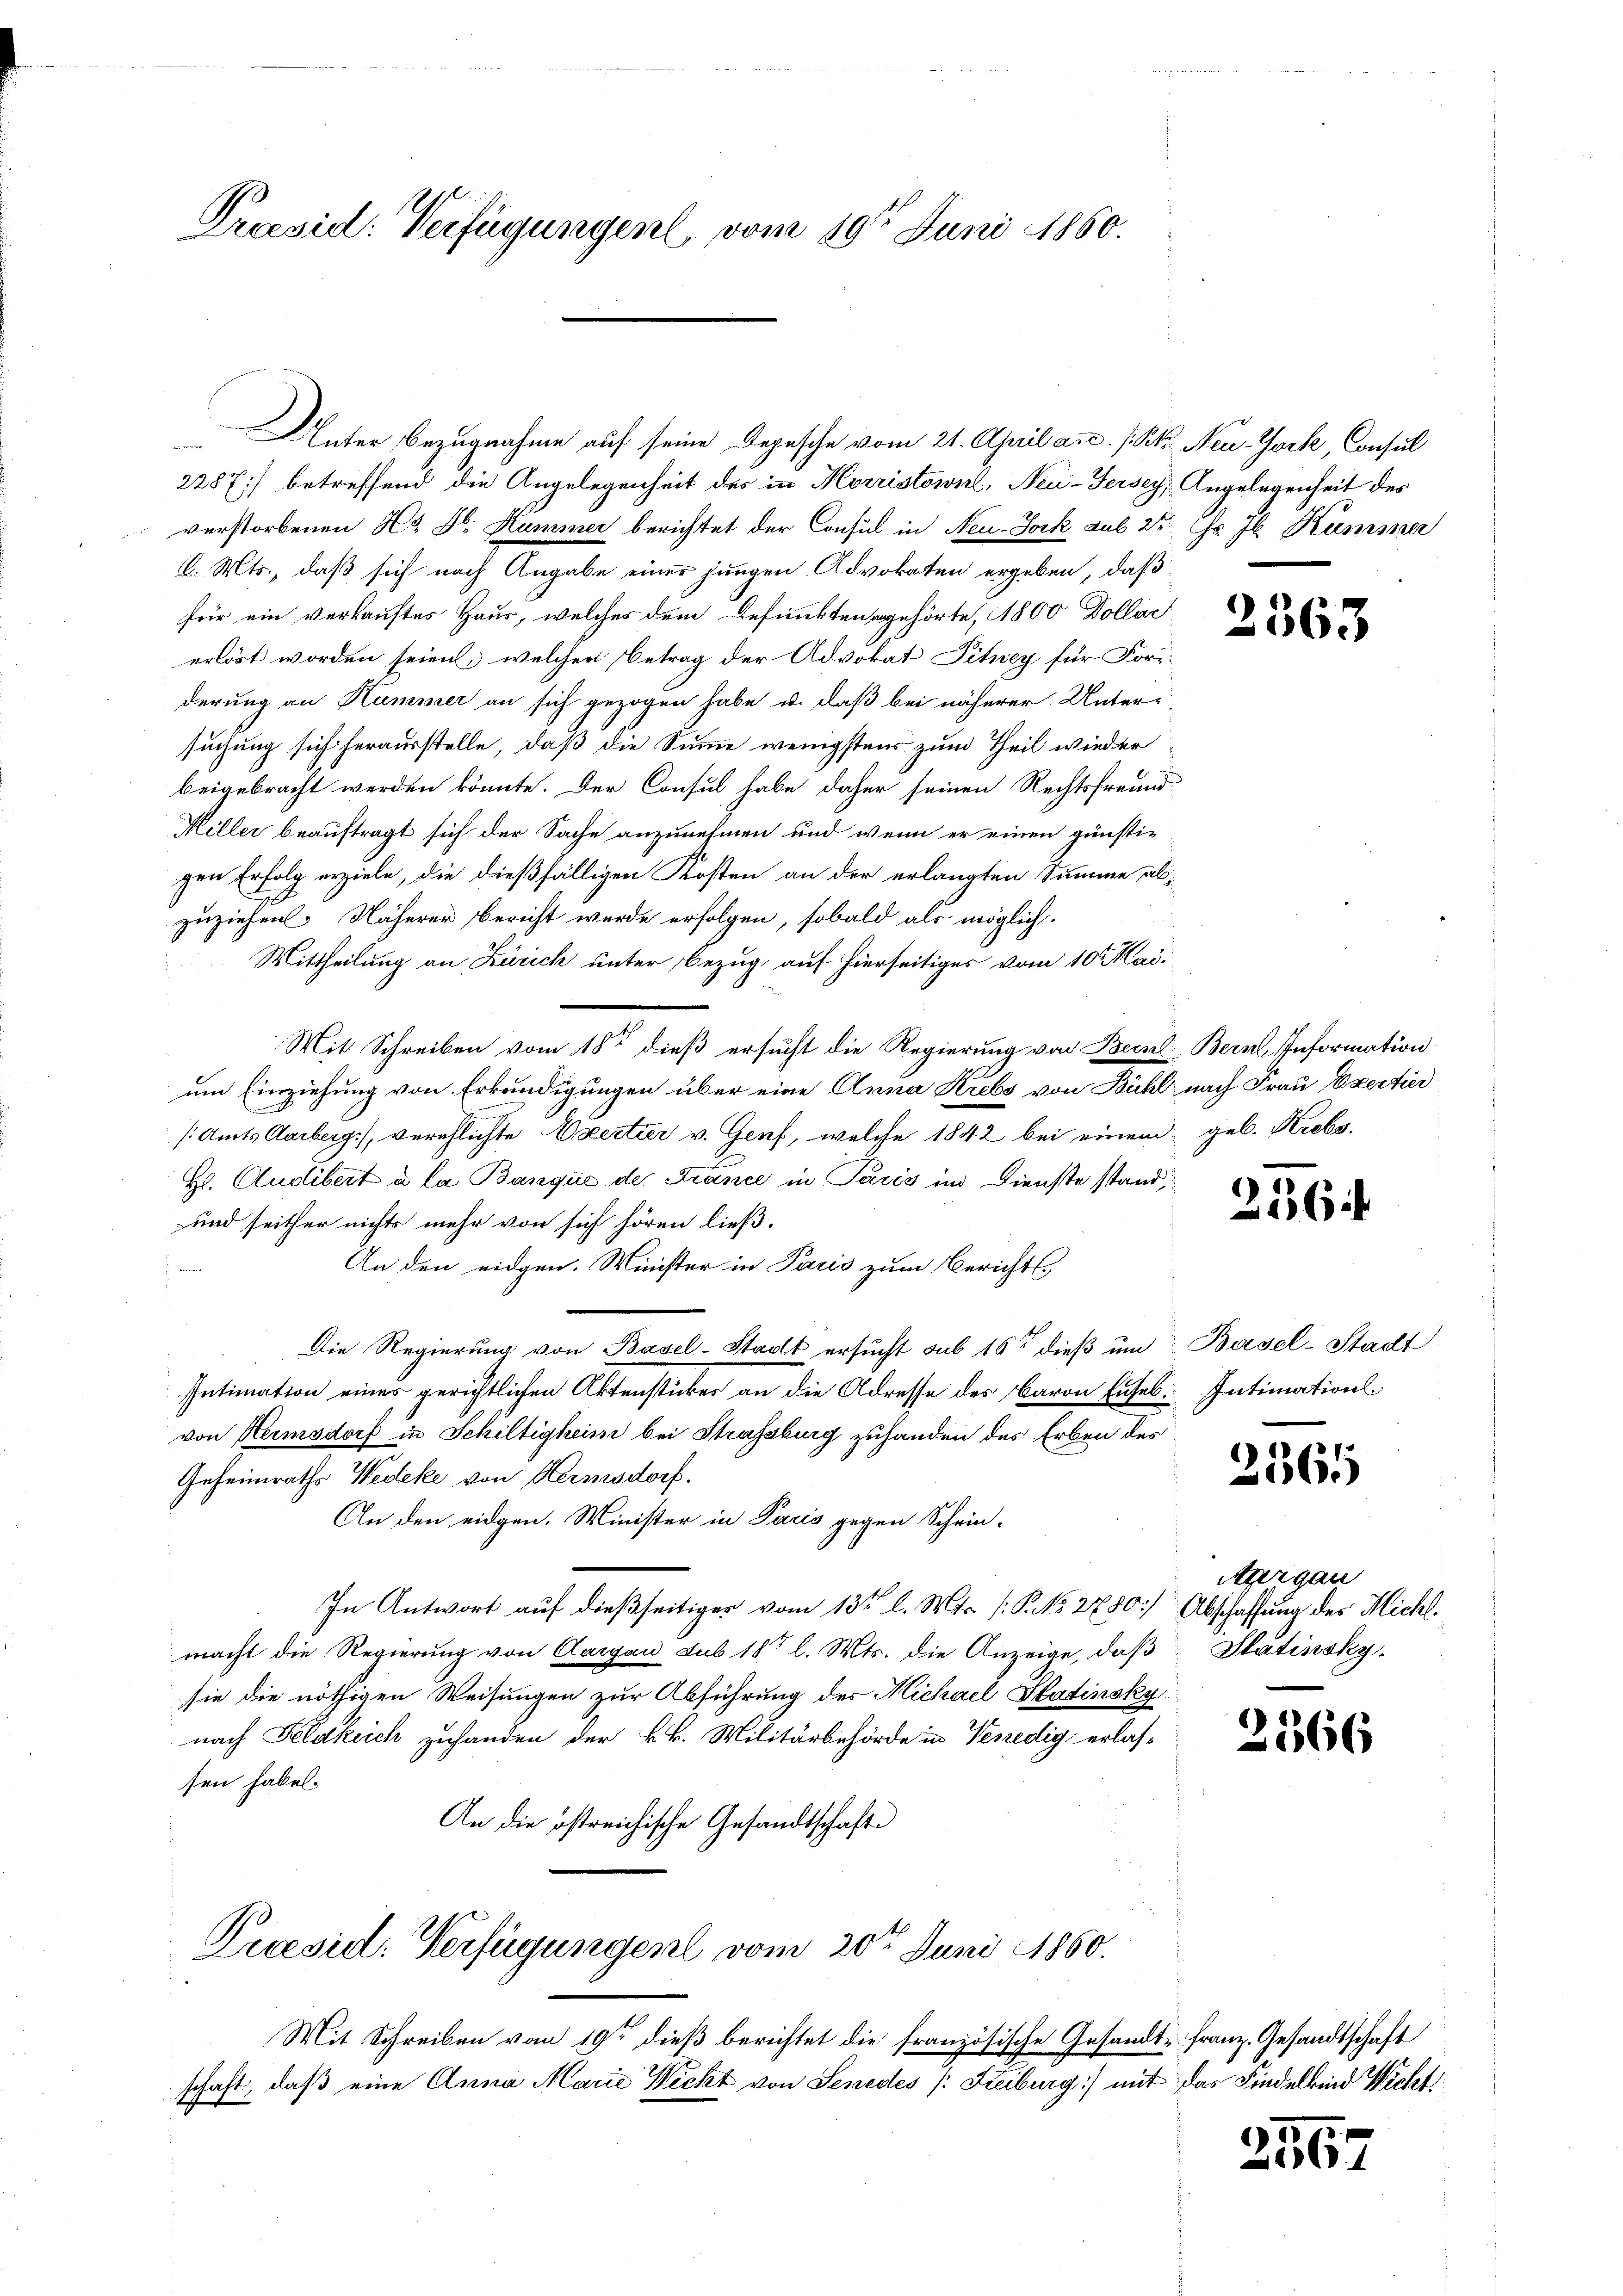
Praesid: Verfügungen vom 10ten Juni 1860.

Unter Bezugnahme auf seine Depesche vom 21. April a.c. s. St. Neu-York, Consul
2287) betreffend die Angelegenheit des in Morristown, Neu-Fersey, Angelegenheit des
verstorbenen Hr. Dr. Kummer berichtet der Consul in Neu-Jock aus 2te Chr. Jb. Kummer
l. Mts., daß sich nach Angabe eines jungen Advokaten ergeben, daß
für ein verkauftes Haus, welches dem Befunkten gehörte, 1800 Dollar
erlöst worden seien, welcher Betrag der Advokat Pitney für Fori-
derung an Hammer an sich gezogen habe, u. daß bei näherer Unter-
suchung sich herausstelle, daß die Summe wenigstens zum Theil wieder
beigebracht werden könnte. Der Consul habe daher seinen Rechtsfreund-
Miller beauftragt sich der Sache anzunehmen und wenn er einen günsti-
gen Erfolg erziele, die dießfälligen Kosten an der erlangten Summe abzuziehen. Näherer bericht wurde erfolgen, sobald als möglich.
Mittheilung an Zürich unter Bezug auf hierseitiges vom 10. Mai.
Mit Schreiben vom 18ten dieß ersucht die Regierung von Bern. Berne Information
um Einziehung von Erkundigungen über eine Anna Krebs von Bühl nach Frau Exertier
(Amts Aarberg), verschlichte Exertier v. Genf, welche 1842 bei einem geb. Krebs¬
Hl. Cudibert à la Banqué de France in Paris im Dienste stand,
und seither nichts mehr von sich hören ließ.
An den eidgen. Minister in Paris zum Bericht-
Die Regierung von Basel-Stadt ersucht sub 16t dieß um Basel-Stadt
Intimation eines gerichtlichen Aktenstückes an die Adresse des Baron Enseb. Intimationsvon Heimsdorf in Schiltigheim bei Strassburg zuhanden des Erben des
Geheimraths Wedeke von Heimsdorf.
An den eidgen. Minister in Paris gegen Schein-
In Antwort auf dießseitiger vom 13ten l. Mts. (: P. No. 2780) Abschaffung des Michl.
macht die Regierung von Aargau sub 18t l. Mts. die Anzeige, daß Statinsky
sie die nöthigen Weisungen zur Abführung der Michael Statinsky,
nach Feldkirch zuhanden der k.k. Militärbehörde in Venedig erlas-
sen habe.
An die östreichische Gesandtschafte
Praesid. Verfügungen vom 20ten Juni 1860.
Mit Schreiben vom 19ten dieß berichtet die französische Gesandt-Franz. Gesandtschaft
schaft, daß eine Anna Marie Nicht von Senedes /: Freiburg) mit das Findelkind Wicht

2563

216.

2565

Ager gan

2366

256